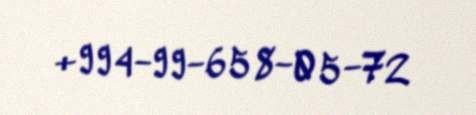
+994-99-658-05-72